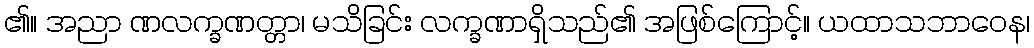
၏။ အညာ ဏလက္ခဏတ္တာ၊ မသိခြင်း လက္ခဏာရှိသည်၏ အဖြစ်ကြောင့်။ ယထာသဘာဝေန၊